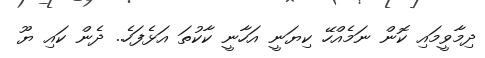
ދިމާވީމައި ކޮން ނަމެއްހޭ ކިޔަނީ އަހާނީ ކާކުތަ އަޅެފަހެ.. ދެން ކައި ޔޫ